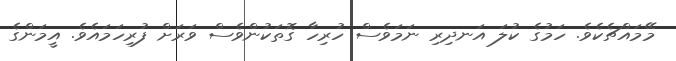
މޭމައްޗެކެވެ. ހަމުގެ ކުލަ އަނދިރި ނަމަވެސް ހުރިހާ ގޮތަކުންވެސް ވަރަށް ފުރިހަމައެވެ. އީމަންގެ